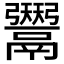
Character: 𱆑